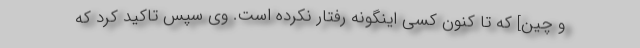
و چین] که تا کنون کسی اینگونه رفتار نکرده است. وی سپس تاکید کرد که